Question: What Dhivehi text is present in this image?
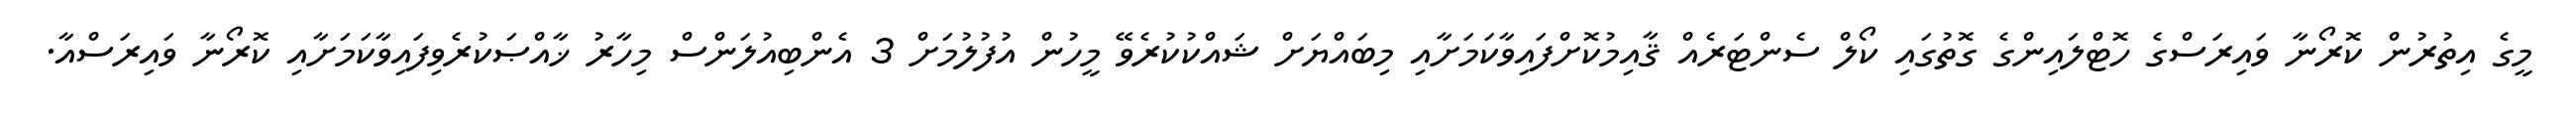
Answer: މީގެ އިތުރުން ކޮރޯނާ ވައިރަސްގެ ހޮޓްލައިންގެ ގޮތުގައި ކޯލް ސެންޓަރެއް ޤާއިމުކޮށްފައިވާކަމަށާއި މިބައްޔަށް ޝައްކުކުރެވޭ މީހުން އުފުލުމަށް 3 އެންބިއުލަންސް މިހާރު ޚާއްޞަކުރެވިފައިވާކަމަށާއި ކޮރޯނާ ވައިރަސްއާ.